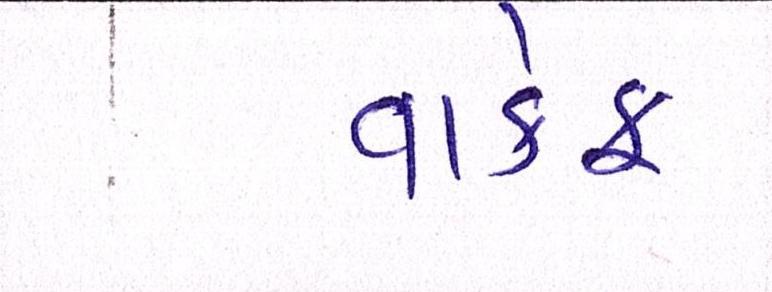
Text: વાકેફ